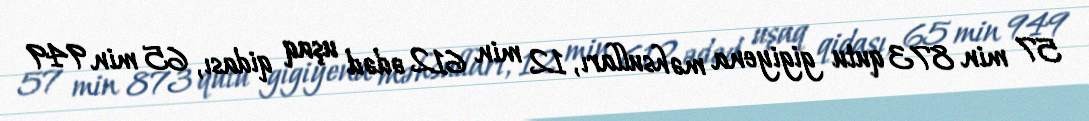
57 min 873 qutu gigiyena məhsulları, 12 min 612 ədəd uşaq qidası, 65 min 949